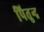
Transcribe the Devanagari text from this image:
पितुन्द्र